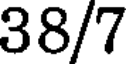
38/7